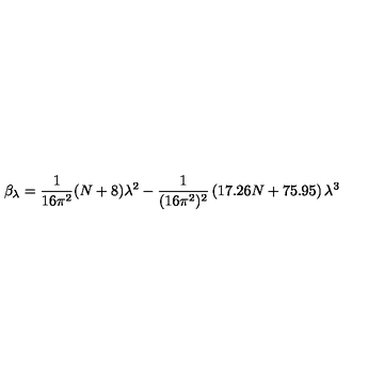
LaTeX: \beta _ { \lambda } = \frac { 1 } { 1 6 \pi ^ { 2 } } ( N + 8 ) \lambda ^ { 2 } - \frac { 1 } { ( 1 6 \pi ^ { 2 } ) ^ { 2 } } \left( 1 7 . 2 6 N + 7 5 . 9 5 \right) \lambda ^ { 3 }